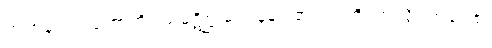
ဤအနက်သဘောကို။ သမ္ပဋိစ္ဆာမိ၊ ဝန်ခံပါ၏။ ဣတိ၊ ဤသို့။ အဝေါစ၊